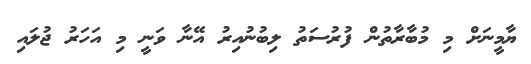
ޔާމީނަށް މި މުބާރާތުން ފުރުސަތު ލިބުނުއިރު އޭނާ ވަނީ މި އަހަރު ޖުލައި